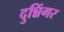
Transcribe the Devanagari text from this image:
दुन्निंगर